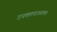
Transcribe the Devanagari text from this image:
उपकलाऊतक